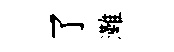
了灘